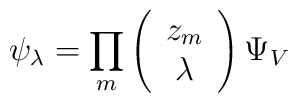
\psi_\lambda = \prod_m \left(    \begin{array}{c}    z_m \\ \lambda    \end{array}\right) \Psi_V